Report of the Hyderabad Chloroform Commission
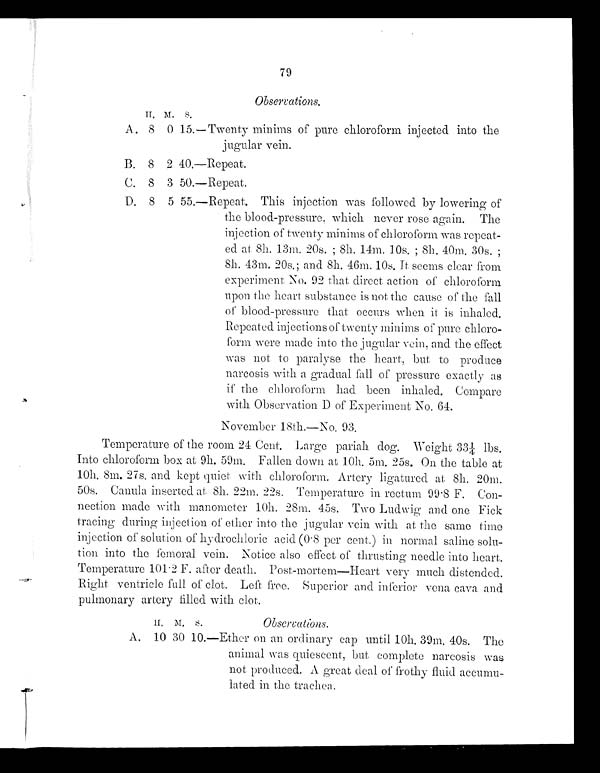
79
Observations.
H . M .
S .
A. 8 0 15.—Twenty minims of pure chloroform injected into the
jugular vein.
B. 8 2 40.—Repeat.
C. 8 3 50.—Repeat.
D. 8 5 55.—Repeat. This injection was followed by lowering of
the blood-pressure, which never rose again. The
injection of twenty minims of chloroform was repeat-
ed at 8h. 13m. 20s. ; 8h. 14m. 10s. ; 8h. 40m. 30s.
; 8 h . 4 3 m . 2 0 s . ; a n d 8 h . 4 6 m . 1 0 s . I t s e e m s c l e a r f r o m
e x p e r i m e n t s . N o . 9 2 t h a t d i r e c t a c t i o n o f c h l o r o f o r m
upon the heart substance is not the cause of the fall
of blood-pressure that occurs when it is inhaled.
Repeated injections of twenty minims of pure chloro-
form were made into the jugular vein, and the effect
was not to paralyse the heart, but to produce
narcosis with a gradual fall of pressure exactly as
if the chloroform had been inhaled. Compare
with Observation D of Experiment No. 64.
November 18th.—No. 93.
Temperature of the room 24 Cent. Large pariah dog. Weight 33¼ lbs.
Into chloroform box at 9h. 59m. Fallen down at 10h. 5m. 25s. On the table at
1 0 h . 8 m. 2 7 s . a n d k e p t q u i e t wi t h c h l o r o f o r m. Ar t e r y l i g a t u r e d a t 8 h . 2 0 m.
50s. Canula inserted at 8h. 22m. 22s. Temperature in rectum 99.8 F. Con-
nection made with manometer 10h. 28m. 45s. Two Ludwig and one Fick
tracing during injection of ether into the jugular vein with at the same time
injection of solution of hydrochloric acid (0.8 per cent.) in normal saline solu-
tion into the femoral vein. Notice also effect of thrusting needle into heart.
Temperature 101.2 F. after death. Post-mortem-Heart very much distended.
Right ventricle full of clot. Left free. Superior and inferior venal cava and
pulmonary artery filled with clot
.
H. M. S.
Observations.
A. 10 30 10.—Ether on an ordinary cap until 10h. 39m. 40s. The
animal was quiescent, but complete narcosis was
not produced. A great deal of frothy fluid accumu-
lated in the trachea.